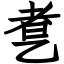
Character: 乽